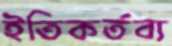
ইতিকর্তব্য